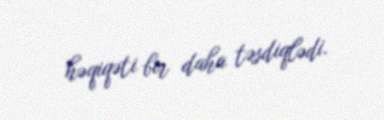
həqiqəti bir daha təsdiqlədi.